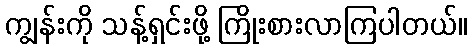
ကျွန်းကို သန့်ရှင်းဖို့ ကြိုးစားလာကြပါတယ်။